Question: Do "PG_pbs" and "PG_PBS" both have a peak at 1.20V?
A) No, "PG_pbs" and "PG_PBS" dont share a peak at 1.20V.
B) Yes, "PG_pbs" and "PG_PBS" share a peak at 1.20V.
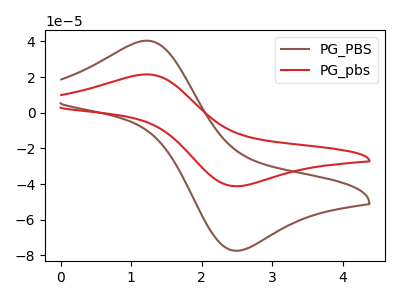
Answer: <think>The brown curve "PG_PBS" has an anodic peak at (1.20V, 40.45uA) and a cathodic peak at (2.55V, -77.35uA). The red curve "PG_pbs" has an anodic peak at (1.20V, 21.50uA) and a cathodic peak at (2.55V, -41.15uA).</think>
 <answer>B) Yes, "PG_pbs" and "PG_PBS" share a peak at 1.20V.</answer>
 <eval>B</eval>